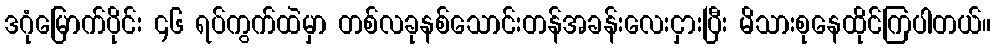
ဒဂုံမြောက်ပိုင်း ၄၆ ရပ်ကွက်ထဲမှာ တစ်လခုနစ်သောင်းတန်အခန်းလေးငှားပြီး မိသားစုနေထိုင်ကြပါတယ်။